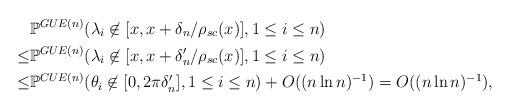
LaTeX: \begin{align*}&\mathbb{P}^{GUE(n)}(\lambda_i\not\in [x,x+\delta_n/\rho_{sc}(x)],1\leq i\leq n)\\ \leq& \mathbb{P}^{GUE(n)}(\lambda_i\not\in [x,x+\delta_n'/\rho_{sc}(x)],1\leq i\leq n)\\ \leq&\mathbb{P}^{CUE(n)}(\theta_i\not\in [0,2\pi\delta_n'],1\leq i\leq n)+O((n\ln n)^{-1})= O((n\ln n)^{-1}),\end{align*}